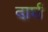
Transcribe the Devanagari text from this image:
दार्घ